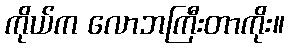
ကိုယ်က လောဘကြီးတာကိုး။